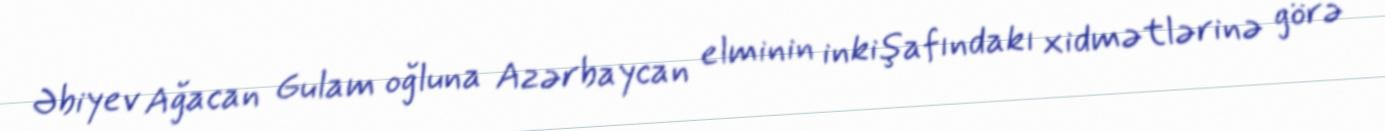
Əbiyev Ağacan Gulam oğluna Azərbaycan elminin inkişafındakı xidmətlərinə görə